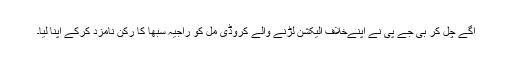
آگے چل کر بی جے پی نے اپنےخلاف الیکشن لڑنے والے کروڈی مل کو راجیہ سبھا کا رکن نامزد کرکے اپنا لیا۔